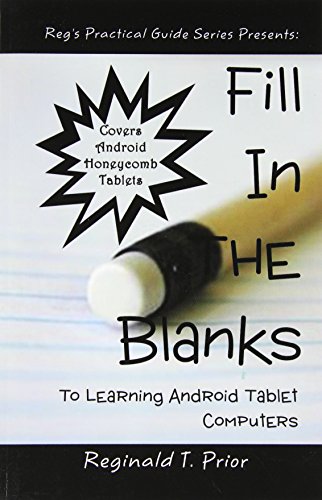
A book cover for Fill In The Blanks To Learning Android Tablet Computers (Reg's Practical Guide Series); Reginald T Prior; Computers & Technology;